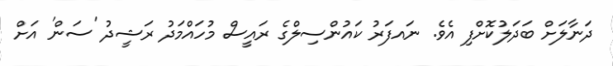
ދަނާލަށް ބަދަލުކޮށްފި އެވެ. ނައފަރު ކައުންސިލްގެ ރައީސް މުހައްމަދު ރަޝީދު 'ސަން' އަށް